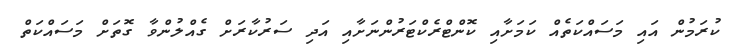
ކުރަމުން އައި މަސައްކަތެއް ކަމަށާއި ކޮންޓްރެކްޓަރުންނަށާއި އަދި ސަރުކާރަށް ގެއްލުންވާ ގޮތަށް މަސައްކަތް